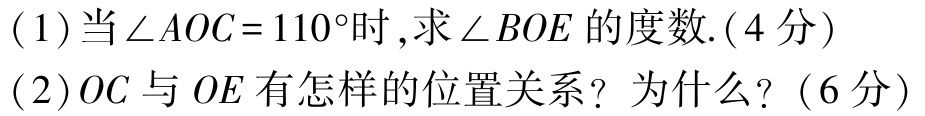
(1)当\(\angle AOC = 110^{\circ}\)时,求\(\angle BOE\)的度数.(4分)

(2)\(OC\)与\(OE\)有怎样的位置关系？为什么？(6分)